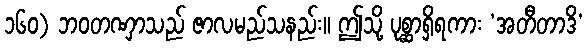
၁၆၀) ဘဝတဏှာသည် ဇာလမည်သနည်း။ ဤသို့ ပုစ္ဆာရှိရကား ‘အတီတာဒိ’